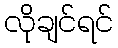
လိုချင်ရင်